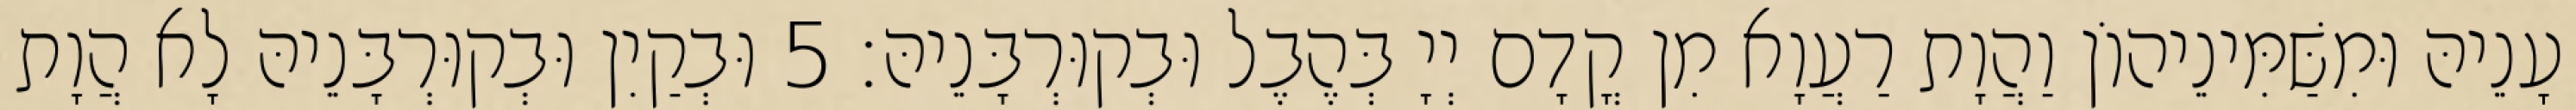
עָנֵיהּ וּמִשַּׁמִּינֵיהוֹן וַהֲוָת רַעֲוָא מִן קֳדָם יְיָ בְּהֶבֶל וּבְקוּרְבָּנֵיהּ׃ 5 וּבְקַיִן וּבְקוּרְבָּנֵיהּ לָא הֲוָת